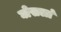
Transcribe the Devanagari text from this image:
घोसलां